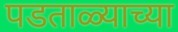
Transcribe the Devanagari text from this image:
पडताळ्याच्या